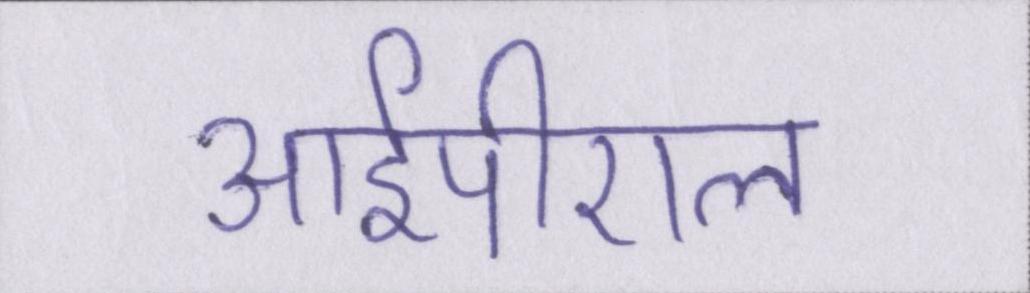
आईपीएल